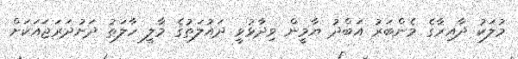
މުލަކު ދާއިރާގެ މެންބަރު އަބްދު ޔާމީން ވިދާޅުވީ ދައުލަތުގެ މާލީ ހާލަތު ދަށުދަރަޖައަކަށް